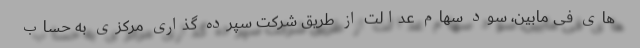
های فی مابین، سود سهام عدالت از طریق شرکت سپرده گذاری مرکزی به حساب